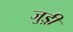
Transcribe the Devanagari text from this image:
जुड़ी़